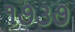
૧૭૩૭